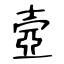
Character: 壼